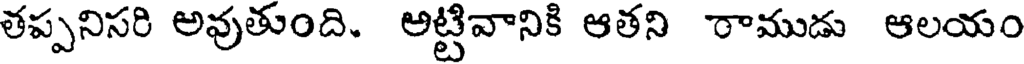
తప్పనిసరి అవుతుంది. అట్టివానికి ఆతని రాముడు ఆలయం